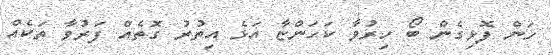
ހަން ފޮޅިގެން ބޯ ހިރުވާ ކަހަންޏާ އަޅެ އިތުރު ގޮތެއް ފަރުވާ ތަކެއް